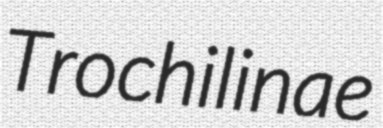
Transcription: Trochilinae